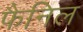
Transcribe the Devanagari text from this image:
फैनिल